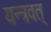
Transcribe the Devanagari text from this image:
यन्त्रवत्